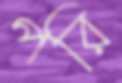
পরি